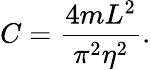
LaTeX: C=\frac{4mL^{2}}{\pi^{2}\eta^{2}}.